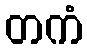
တကံ